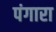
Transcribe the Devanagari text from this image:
पंगारा